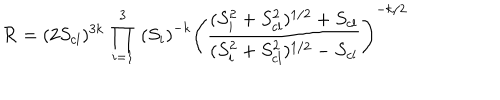
LaTeX: { \cal R } = ( 2 S _ { c l } ) ^ { 3 k } \, \prod _ { i = 1 } ^ { 3 } \, \left( S _ { i } \right) ^ { - k } \left( \frac { ( S _ { i } ^ { 2 } + S _ { c l } ^ { 2 } ) ^ { 1 / 2 } + S _ { c l } } { ( S _ { i } ^ { 2 } + S _ { c l } ^ { 2 } ) ^ { 1 / 2 } - S _ { c l } } \right) ^ { - k / 2 }